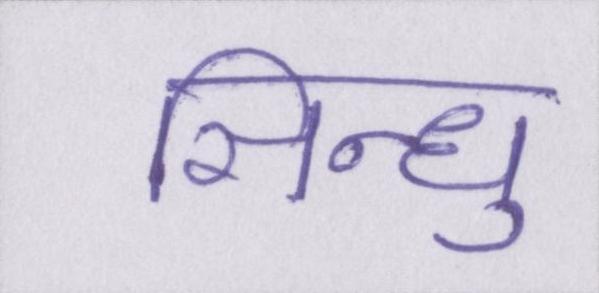
सिन्धु